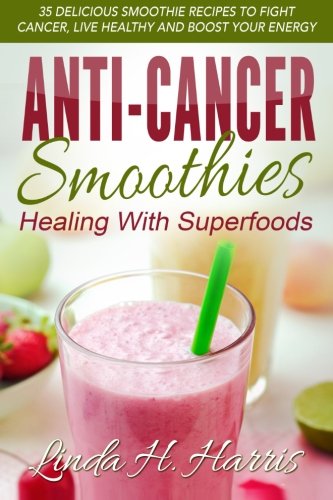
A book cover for Anti-Cancer Smoothies: Healing With Superfoods: 35 Delicious Smoothie Recipes to Fight Cancer, Live Healthy and Boost Your Energy; Linda H. Harris; Cookbooks, Food & Wine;